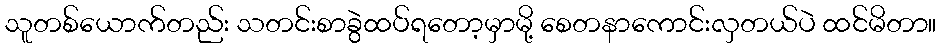
သူတစ်ယောက်တည်း သတင်းစာခွဲထပ်ရတော့မှာမို့ စေတနာကောင်းလှတယ်ပဲ ထင်မိတာ။